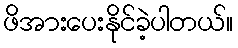
ဖိအားပေးနိုင်ခဲ့ပါတယ်။